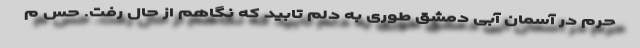
حرم در آسمان آبی دمشق طوری به دلم تابید که نگاهم از حال رفت. حس م